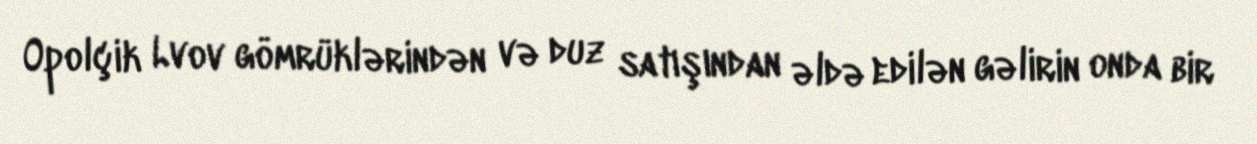
Opolçik Lvov gömrüklərindən və duz satışından əldə edilən gəlirin onda bir